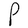
Character: P